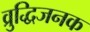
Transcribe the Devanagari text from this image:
व्रुद्धिजनक